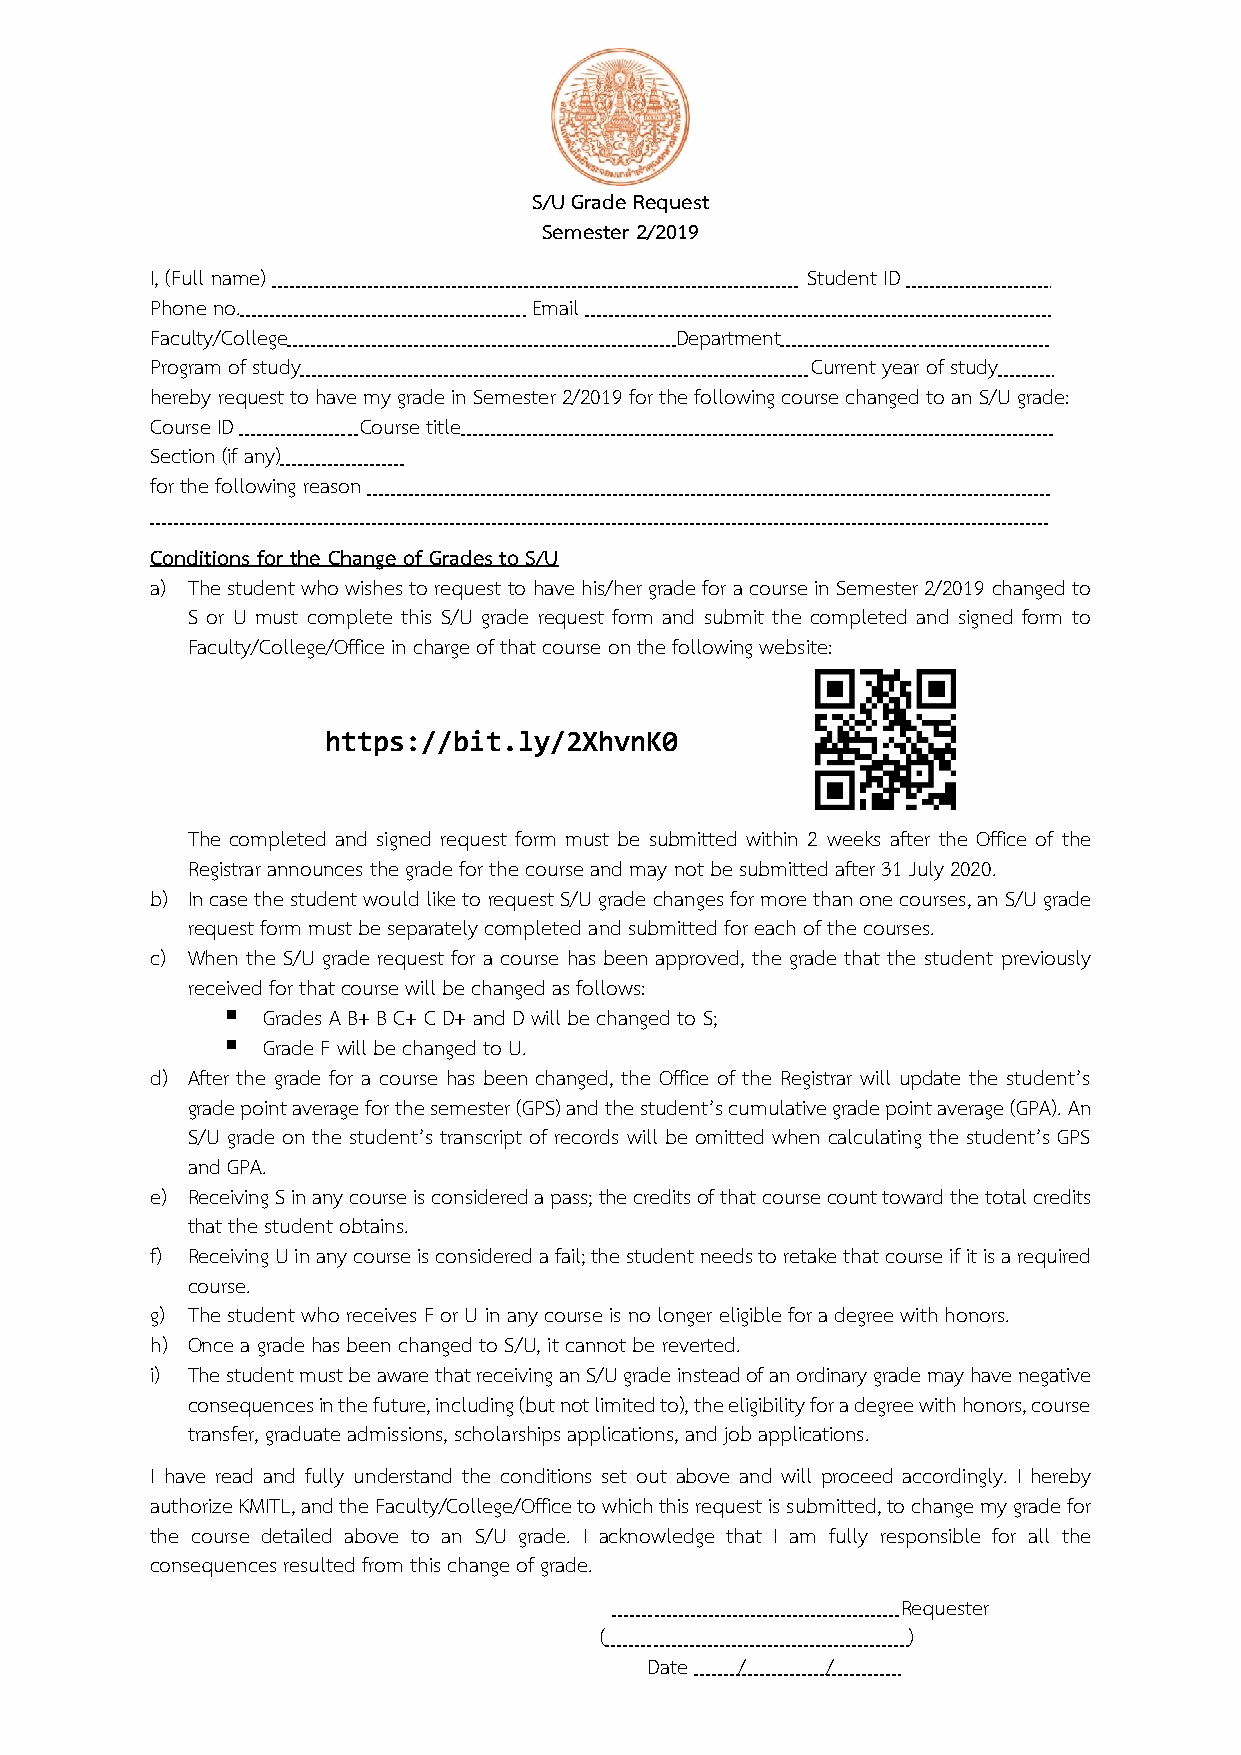
S/U Grade Request
 Semester 2/2019
 I, (Full name)                             Student ID
 Phone no.                Email
 Faculty/College                    Department
 Program of study                            Current year of study .
 hereby request to have my grade in Semester 2/2019 for the following course changed to an S/U grade:
 Course ID     Course title                                  .
 Section (if any) .
 for the following reason
 Conditions for the Change of Grades to S/U
 a) The student who wishes to request to have his/her grade for a course in Semester 2/2019 changed to
 S or U must complete this S/U grade request form and submit the completed and signed form to
 Faculty/College/Office in charge of that course on the following website:
 https://bit.ly/2XhvnK0
 The completed and signed request form must be submitted within 2 weeks after the Office of the
 Registrar announces the grade for the course and may not be submitted after 31 July 2020.
 b) In case the student would like to request S/U grade changes for more than one courses, an S/U grade
 request form must be separately completed and submitted for each of the courses.
 c) When the S/U grade request for a course has been approved, the grade that the student previously
 received for that course will be changed as follows:
 ▪ Grades A B+ B C+ C D+ and D will be changed to S;
 ▪ Grade F will be changed to U.
 d) After the grade for a course has been changed, the Office of the Registrar will update the student’s
 grade point average for the semester (GPS) and the student’s cumulative grade point average (GPA). An
 S/U grade on the student’s transcript of records will be omitted when calculating the student’s GPS
 and GPA.
 e) Receiving S in any course is considered a pass; the credits of that course count toward the total credits
 that the student obtains.
 f) Receiving U in any course is considered a fail; the student needs to retake that course if it is a required
 course.
 g) The student who receives F or U in any course is no longer eligible for a degree with honors.
 h) Once a grade has been changed to S/U, it cannot be reverted.
 i) The student must be aware that receiving an S/U grade instead of an ordinary grade may have negative
 consequences in the future, including (but not limited to), the eligibility for a degree with honors, course
 transfer, graduate admissions, scholarships applications, and job applications.
 I have read and fully understand the conditions set out above and will proceed accordingly. I hereby
 authorize KMITL, and the Faculty/College/Office to which this request is submitted, to change my grade for
 the course detailed above to an S/U grade. I acknowledge that I am fully responsible for all the
 consequences resulted from this change of grade.
 Requester
 (                   )
 Date  /     /